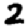
Digit: 2